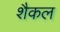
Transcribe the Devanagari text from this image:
शैकल